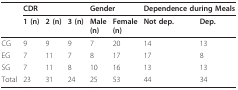
|  | <COLSPAN=3> CDR | <COLSPAN=2> Gender | <COLSPAN=2> Dependence during Meals |
 |  | 1 (n) | 2 (n) | 3 (n) | Male(n) | Female(n) | Not dep. | Dep. |
 | --- | --- | --- | --- | --- | --- | --- | --- |
 | CG | 9 | 9 | 9 | 7 | 20 | 14 | 13 |
 | EG | 7 | 11 | 7 | 8 | 17 | 17 | 8 |
 | SG | 7 | 11 | 8 | 10 | 16 | 13 | 13 |
 | Total | 23 | 31 | 24 | 25 | 53 | 44 | 34 |